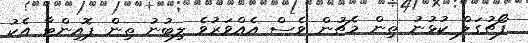
ފޯޗުގަލް ކުޅުނު ތިން މެޗުން ވެސް އެއްވަރުވެ ލިބުނު ތިން ޕޮއިންޓާ އެކު